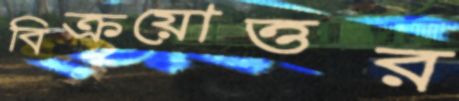
বিক্রয়োত্তর